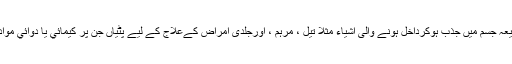
جلد کے مساموں کے ذریعہ جسم میں جذب ہوکرداخل ہونے والی اشیاء مثلا تیل ، مرہم ، اورجلدی امراض کےعلاج کے لیے پٹیاں جن پر کیمائي یا دوائي مواد لگا ہو کا استعمال کرنا ۔